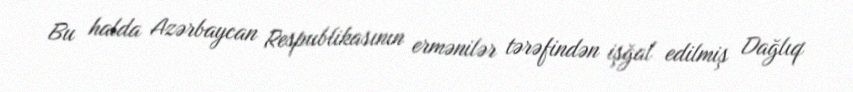
Bu halda Azərbaycan Respublikasının ermənilər tərəfindən işğal edilmiş Dağlıq